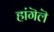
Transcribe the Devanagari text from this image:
हांगॆलॆ